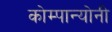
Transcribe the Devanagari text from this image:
कोम्पान्योनी